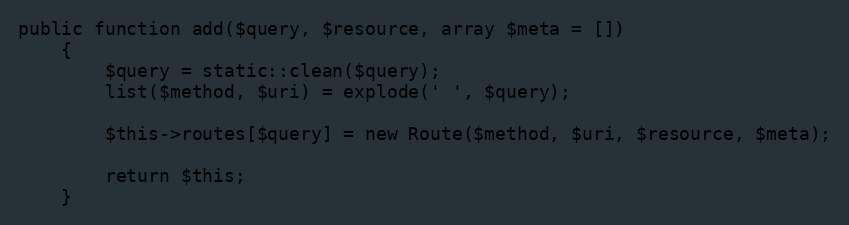
Language: PHP
public function add($query, $resource, array $meta = [])
    {
        $query = static::clean($query);
        list($method, $uri) = explode(' ', $query);

        $this->routes[$query] = new Route($method, $uri, $resource, $meta);

        return $this;
    }